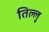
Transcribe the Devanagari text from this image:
तिल्लु